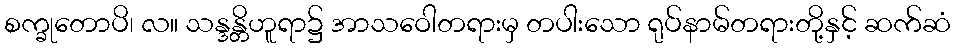
စက္ခုတောပိ၊ လ။ သန္ဒန္တိဟူရာ၌ အာသဝေါတရားမှ တပါးသော ရုပ်နာမ်တရားတို့နှင့် ဆက်ဆံ